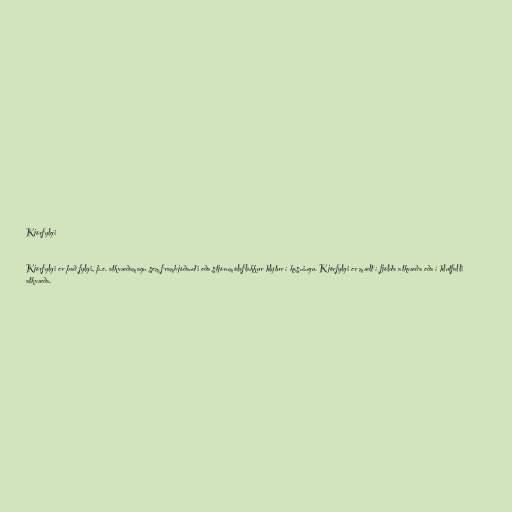
Kjörfylgi

Kjörfylgi er það fylgi, þ.e. atkvæðamagn sem frambjóðandi eða stjórnmálaflokkur hlýtur í kosningu. Kjörfylgi er mælt í fjölda atkvæða eða í hlutfalli
atkvæða.